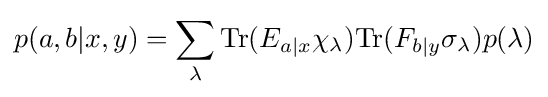
p(a,b|x,y)=\sum _{\lambda }\mathrm {Tr} (E_{a|x}\chi _{\lambda })\mathrm {Tr} (F_{b|y}\sigma _{\lambda })p(\lambda )